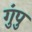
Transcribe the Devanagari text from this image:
गुंपु